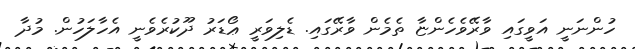
ހުންނަނީ އަވީގައި ވާރޭވެހެންޏާ ތެމެން ވާރޭގައި. ޑެލިވަރީ ޢޯޑަރު ދޫކުރެވެނީ އެހާލަހުން. މުދާ